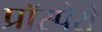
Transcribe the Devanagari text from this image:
प्रॉस्पेरो